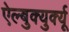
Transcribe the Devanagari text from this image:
ऐल्बुक्युर्क्यू